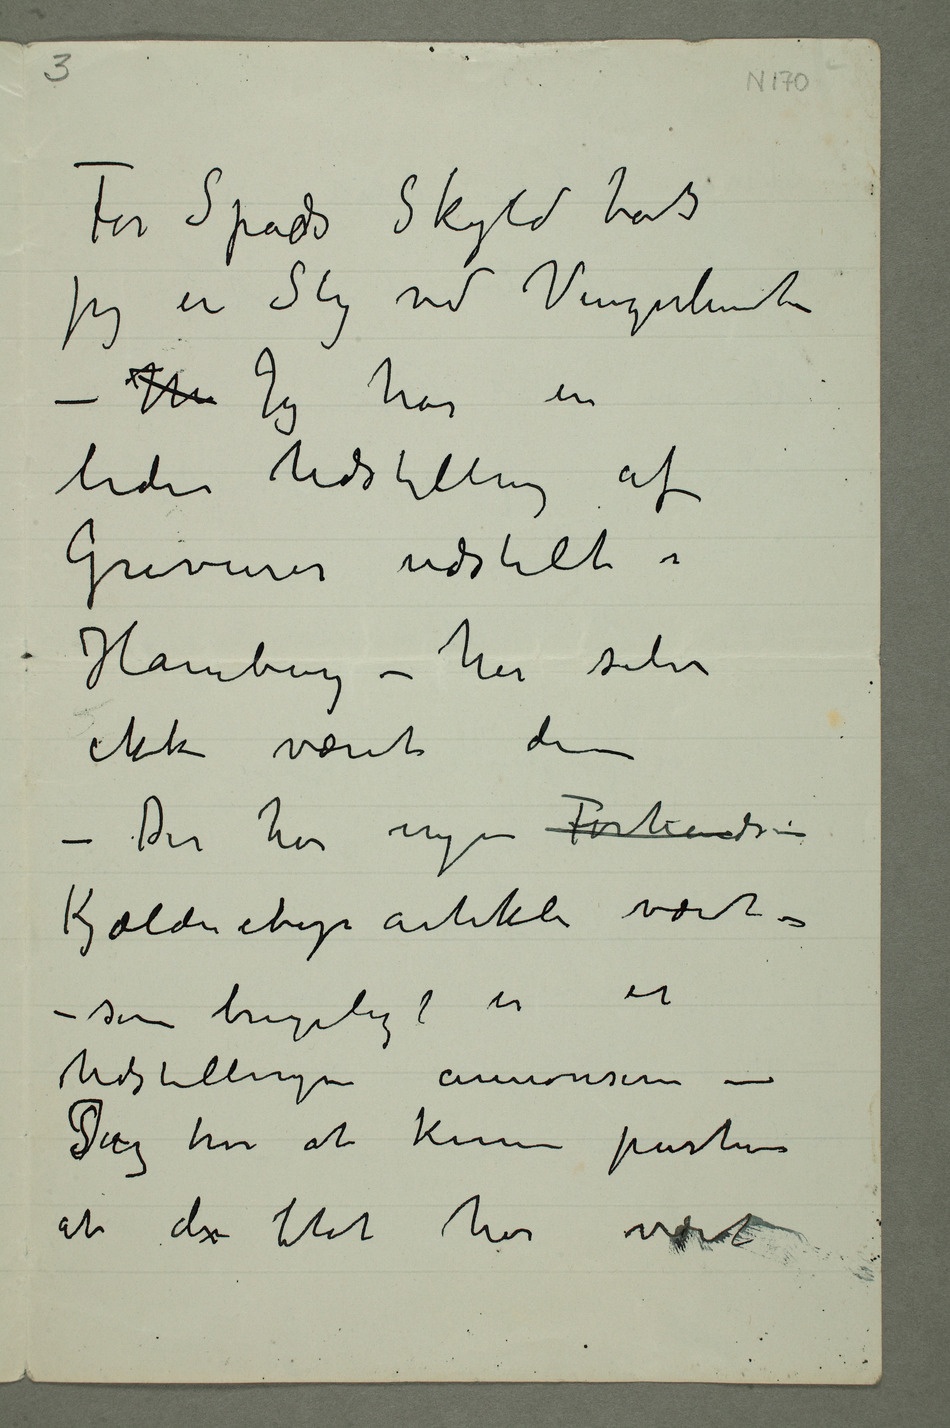
For Spads Skyld har
– M Jeg har en
liden Udstilling af
Gravurer udstilt i
Hamburg – har selv
ikke været der
– Der har ingen Forhånds –
Kjælderetages artikler været –
– som brugeligt er er
Udstillingen annonseres –
at den blot har været